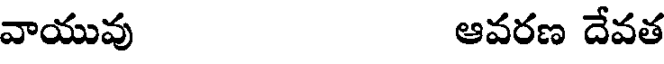
వాయువు ఆవరణ దేవత